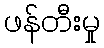
ဖန်တီးမှု